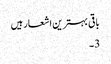
باقی بہترین اشعار ہیں
3۔